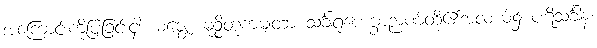
အကြောင်းကိုပြခြင်းငှါ။ မဇ္ဈေ၊ မုဉ္စိတုကမျတာ သင်္ခါရုပေက္ခာဉာဏ်တို့၏အလယ်၌ ပဋိသင်္ခါနံ၊